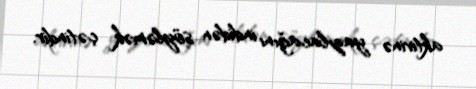
aktivinə yazılacağını indidən söyləmək çətindir.